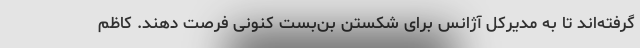
گرفته‌اند تا به مدیرکل آژانس برای شکستن بن‌بست کنونی فرصت دهند. کاظم